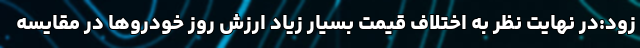
زود:در نهایت نظر به اختلاف قیمت بسیار زیاد ارزش روز خودروها در مقایسه